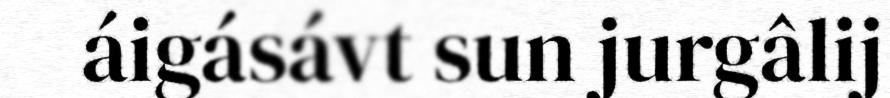
áigásávt sun jurgâlij